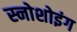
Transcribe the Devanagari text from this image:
स्नोशोइंग